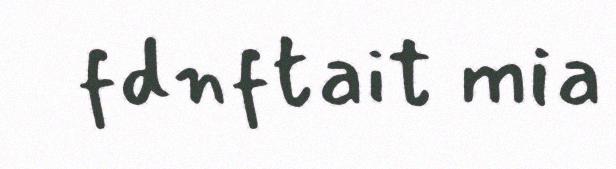
fdnftait mia